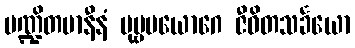
ပဏ္ဍိတမာနီနံ ပုဗ္ဗပယောဂေ ဇီဝိတသင်္ခယော